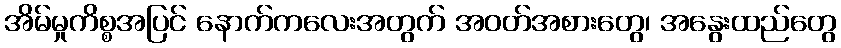
အိမ်မှုကိစ္စအပြင် နောက်ကလေးအတွက် အဝတ်အစားတွေ၊ အနွေးထည်တွေ